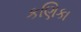
કણિકા